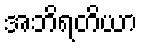
အဘိရတိယာ